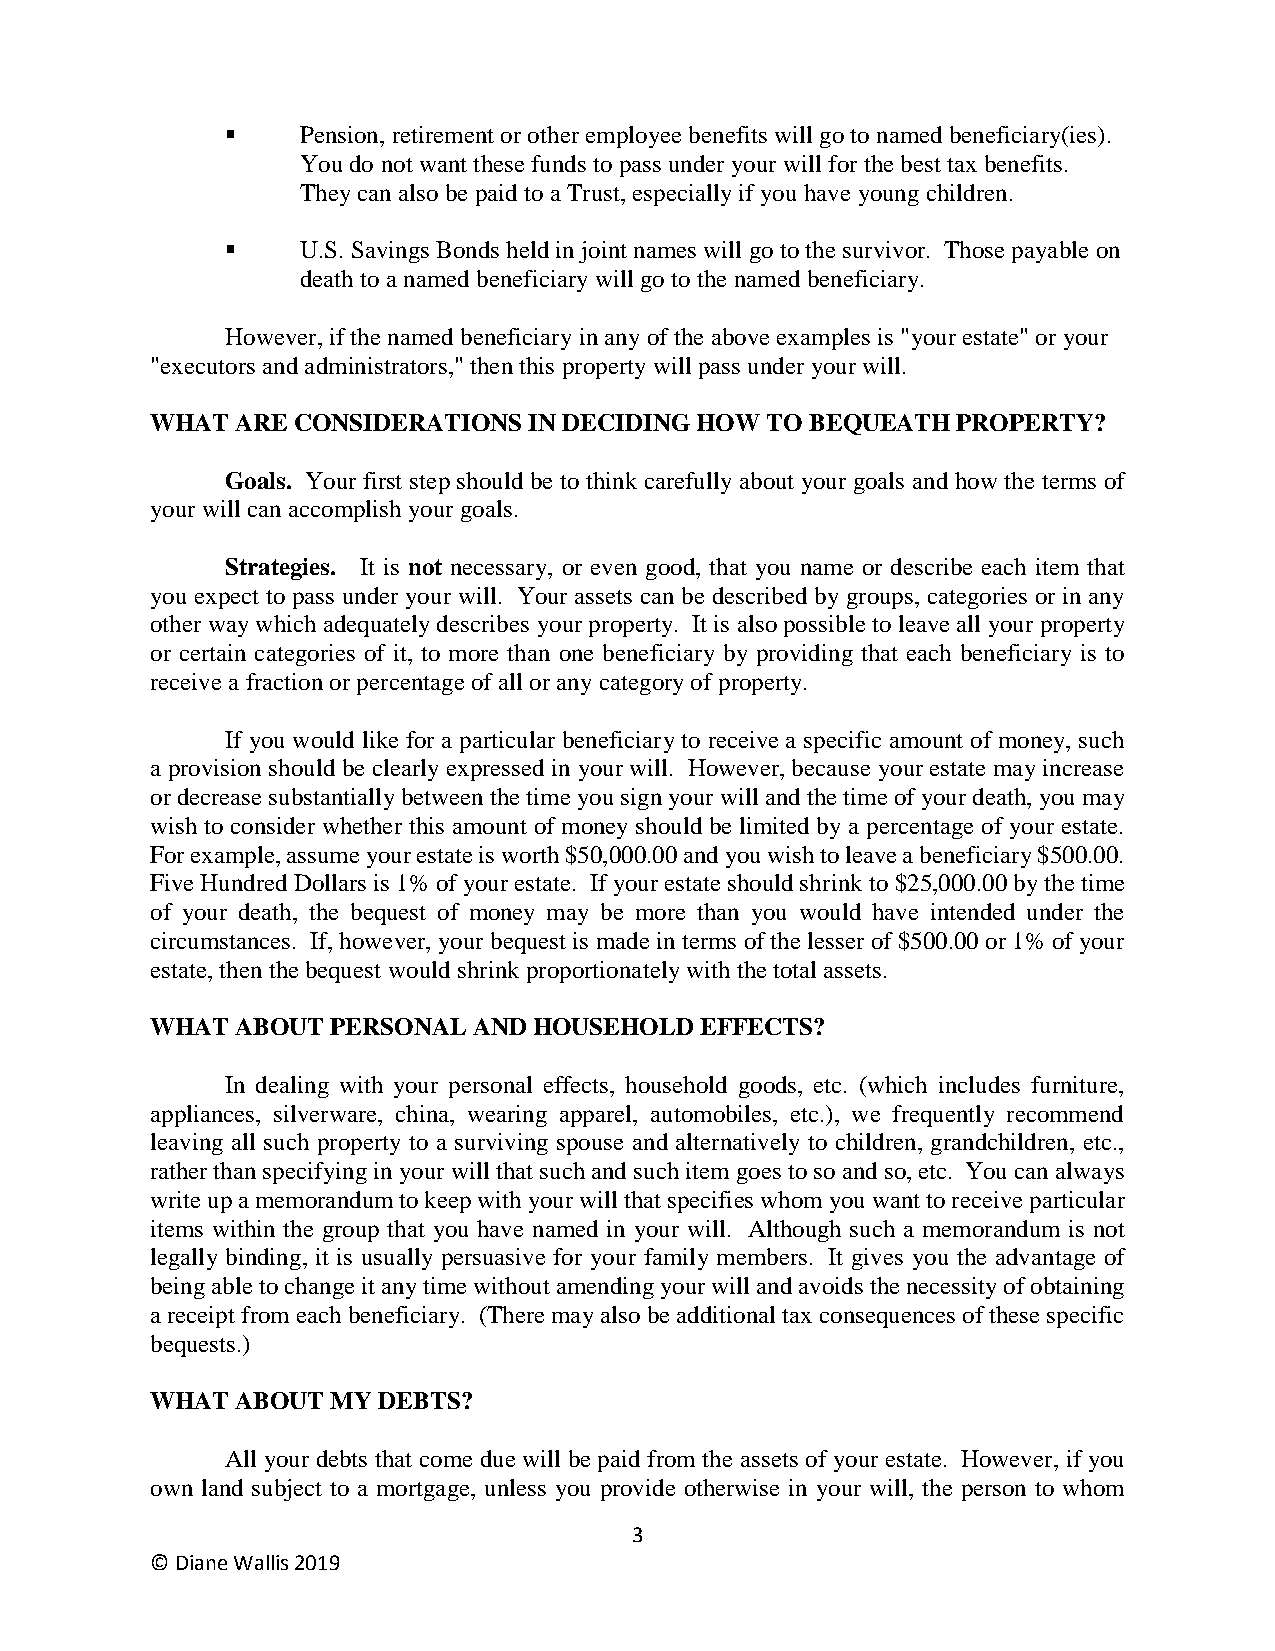
▪    Pension, retirement or other employee benefits will go to named beneficiary(ies).
 You do not want these funds to pass under your will for the best tax benefits.
 They can also be paid to a Trust, especially if you have young children.
 ▪    U.S. Savings Bonds held in joint names will go to the survivor. Those payable on
 death to a named beneficiary will go to the named beneficiary.
 However, if the named beneficiary in any of the above examples is "your estate" or your
 "executors and administrators," then this property will pass under your will.
 WHAT  ARE CONSIDERATIONS IN DECIDING HOW TO BEQUEATH PROPERTY?
 Goals. Your first step should be to think carefully about your goals and how the terms of
 your will can accomplish your goals.
 Strategies. It is not necessary, or even good, that you name or describe each item that
 you expect to pass under your will. Your assets can be described by groups, categories or in any
 other way which adequately describes your property. It is also possible to leave all your property
 or certain categories of it, to more than one beneficiary by providing that each beneficiary is to
 receive a fraction or percentage of all or any category of property.
 If you would like for a particular beneficiary to receive a specific amount of money, such
 a provision should be clearly expressed in your will. However, because your estate may increase
 or decrease substantially between the time you sign your will and the time of your death, you may
 wish to consider whether this amount of money should be limited by a percentage of your estate.
 For example, assume your estate is worth $50,000.00 and you wish to leave a beneficiary $500.00.
 Five Hundred Dollars is 1% of your estate. If your estate should shrink to $25,000.00 by the time
 of your death, the bequest of money may be more than you would have intended under the
 circumstances. If, however, your bequest is made in terms of the lesser of $500.00 or 1% of your
 estate, then the bequest would shrink proportionately with the total assets.
 WHAT  ABOUT PERSONAL AND HOUSEHOLD  EFFECTS?
 In dealing with your personal effects, household goods, etc. (which includes furniture,
 appliances, silverware, china, wearing apparel, automobiles, etc.), we frequently recommend
 leaving all such property to a surviving spouse and alternatively to children, grandchildren, etc.,
 rather than specifying in your will that such and such item goes to so and so, etc. You can always
 write up a memorandum to keep with your will that specifies whom you want to receive particular
 items within the group that you have named in your will. Although such a memorandum is not
 legally binding, it is usually persuasive for your family members. It gives you the advantage of
 being able to change it any time without amending your will and avoids the necessity of obtaining
 a receipt from each beneficiary. (There may also be additional tax consequences of these specific
 bequests.)
 WHAT  ABOUT MY DEBTS?
 All your debts that come due will be paid from the assets of your estate. However, if you
 own land subject to a mortgage, unless you provide otherwise in your will, the person to whom
 3
 © Diane Wallis 2019